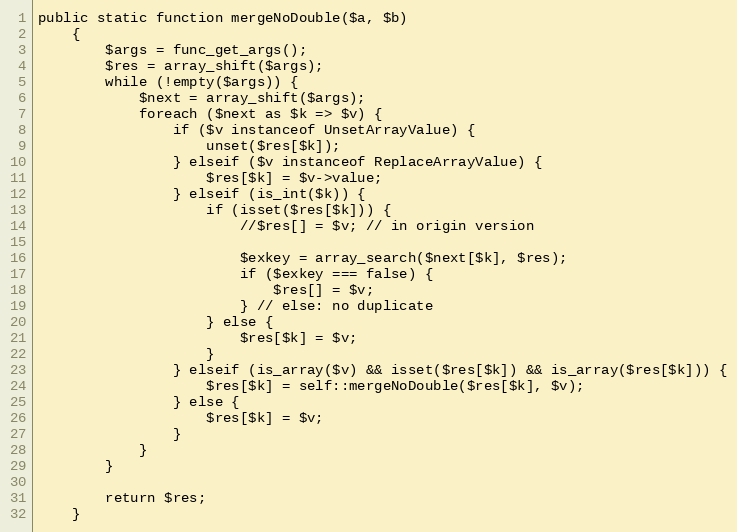
Language: PHP
public static function mergeNoDouble($a, $b)
    {
        $args = func_get_args();
        $res = array_shift($args);
        while (!empty($args)) {
            $next = array_shift($args);
            foreach ($next as $k => $v) {
                if ($v instanceof UnsetArrayValue) {
                    unset($res[$k]);
                } elseif ($v instanceof ReplaceArrayValue) {
                    $res[$k] = $v->value;
                } elseif (is_int($k)) {
                    if (isset($res[$k])) {
                        //$res[] = $v; // in origin version

                        $exkey = array_search($next[$k], $res);
                        if ($exkey === false) {
                            $res[] = $v;
                        } // else: no duplicate
                    } else {
                        $res[$k] = $v;
                    }
                } elseif (is_array($v) && isset($res[$k]) && is_array($res[$k])) {
                    $res[$k] = self::mergeNoDouble($res[$k], $v);
                } else {
                    $res[$k] = $v;
                }
            }
        }

        return $res;
    }